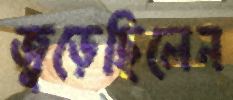
জুড়েছিলেন